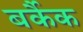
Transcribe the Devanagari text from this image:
बर्कैक